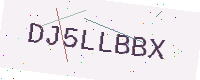
Text: DJ5LLBBX